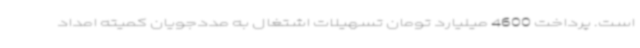
است. پرداخت 4600 میلیارد تومان تسهیلات اشتغال به مددجویان کمیته امداد